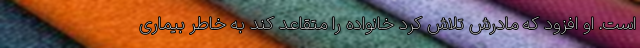
است. او افزود که مادرش تلاش کرد خانواده را متقاعد کند به خاطر بیماری